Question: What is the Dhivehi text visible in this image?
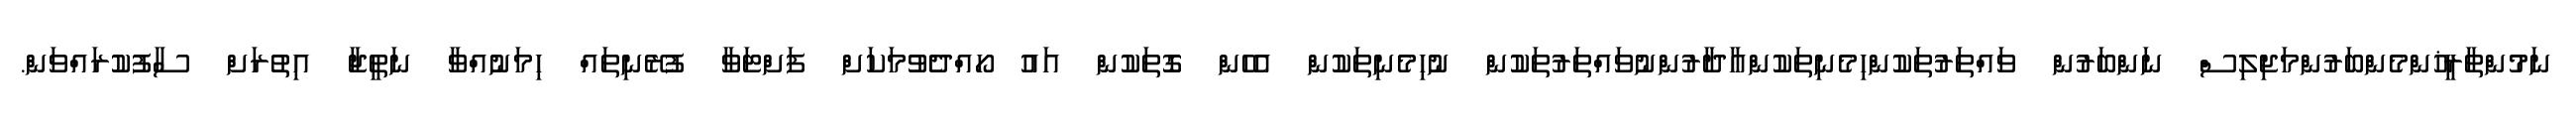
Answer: ނަމުންތާރީޚުންމެންބަރުންމަޖިލިސް ނަންބަރުން ވައްތަރުތަކުންހިމެނިތަކުންއާދާރުންނުވައްތަރުތަކުން ނުހިމެނިތަކުން އެހެން ގޮތަކުން އައު ހޯއްދެވުމަކަށް ފަށްޓަވާ ފުރޭނިތައް ހިމަނުއްވާ ނަތީޖާ އިތުރަށް ސާފުކުރައްވަން.